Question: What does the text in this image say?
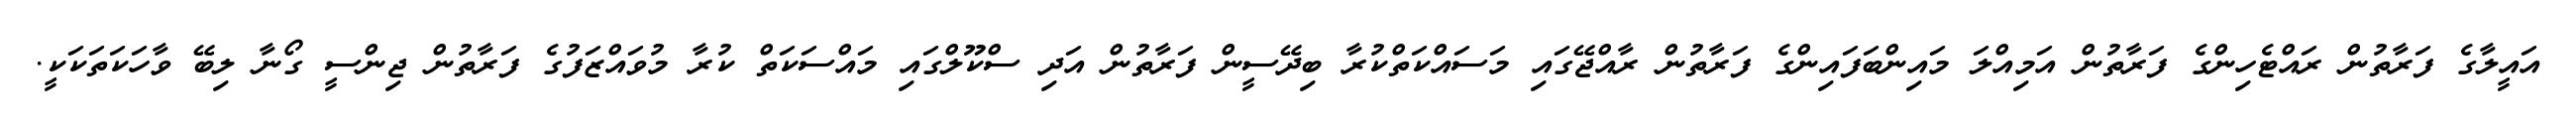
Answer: އައީލާގެ ފަރާތުން ރައްޓެހިންގެ ފަރާތުން އަމިއްލަ މައިންބަފައިންގެ ފަރާތުން ރާއްޖޭގައި މަސައްކަތްކުރާ ބިދޭސީން ފަރާތުން އަދި ސްކޫލްގައި މައްސަކަތް ކުރާ މުވައްޒަފުގެ ފަރާތުން ޖިންސީ ގޯނާ ލިބޭ ވާހަކަތަކަކީ.